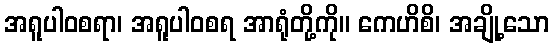
အရူပါဝစရာ၊ အရူပါဝစရ အာရုံတို့ကို။ ကေဟိစိ၊ အချို့သော